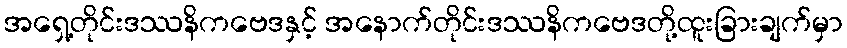
အရှေ့တိုင်းဒဿနိကဗေဒနှင့် အနောက်တိုင်းဒဿနိကဗေဒတို့ထူးခြားချက်မှာ